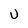
Character: U